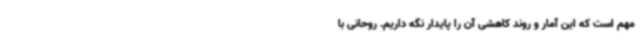
مهم است که این ‌آمار و روند کاهشی آن را پایدار نگه داریم. روحانی با